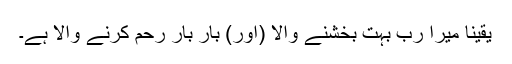
یقیناً میرا ربّ بہت بخشنے والا (اور) بار بار رحم کرنے والا ہے۔